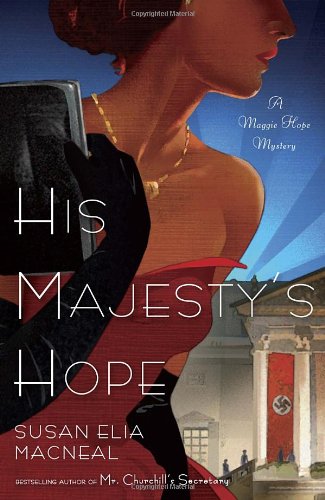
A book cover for His Majesty's Hope: A Maggie Hope Mystery; Susan Elia MacNeal; Mystery, Thriller & Suspense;